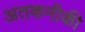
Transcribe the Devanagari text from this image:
अतकनीकी